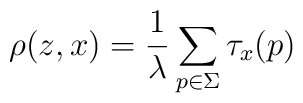
\rho (z,x)=\frac{1}{\lambda }\sum _{p\in \Sigma }\tau _{x}(p)